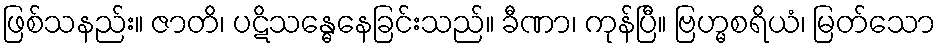
ဖြစ်သနည်း။ ဇာတိ၊ ပဋိသန္ဓေနေခြင်းသည်။ ခီဏာ၊ ကုန်ပြီ။ ဗြဟ္မစရိယံ၊ မြတ်သော